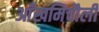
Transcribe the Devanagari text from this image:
आँखमिचौली